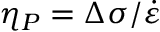
\eta _ { P } = \Delta \sigma / \dot { \varepsilon }